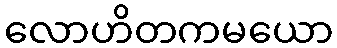
လောဟိတကမယော